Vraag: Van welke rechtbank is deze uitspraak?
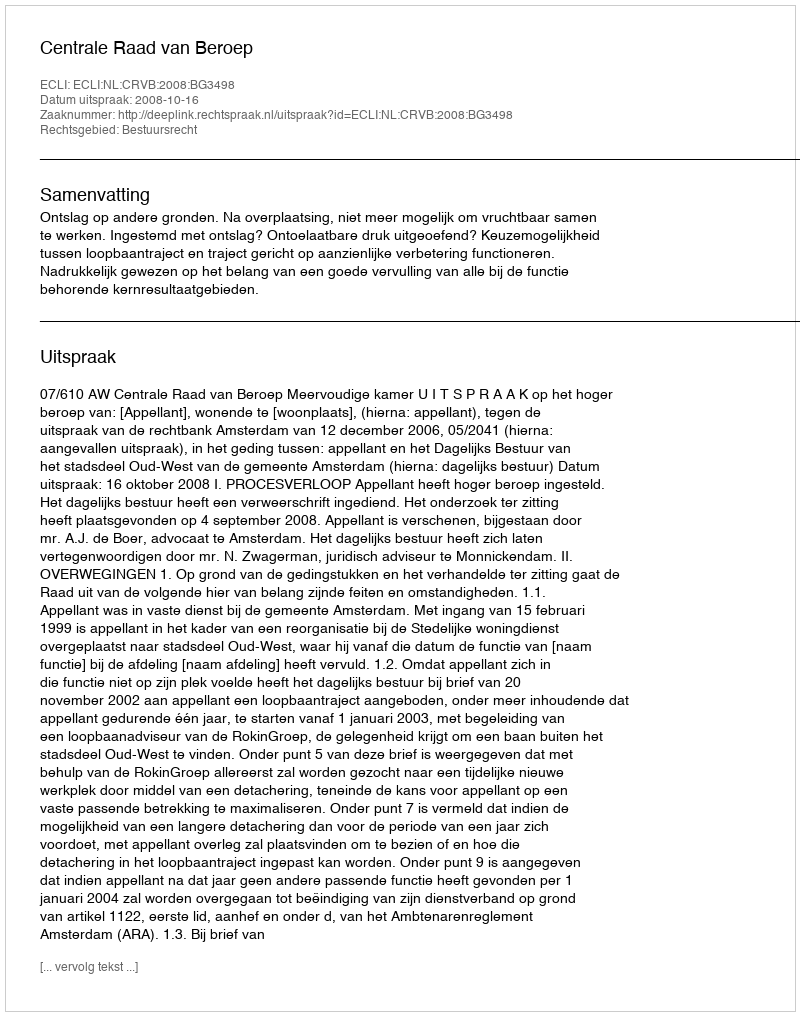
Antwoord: Centrale Raad van Beroep